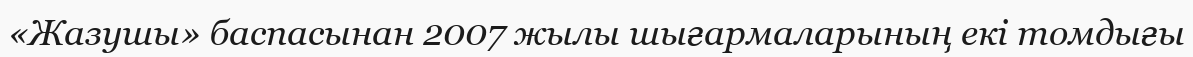
«Жазушы» баспасынан 2007 жылы шығармаларының екі томдығы